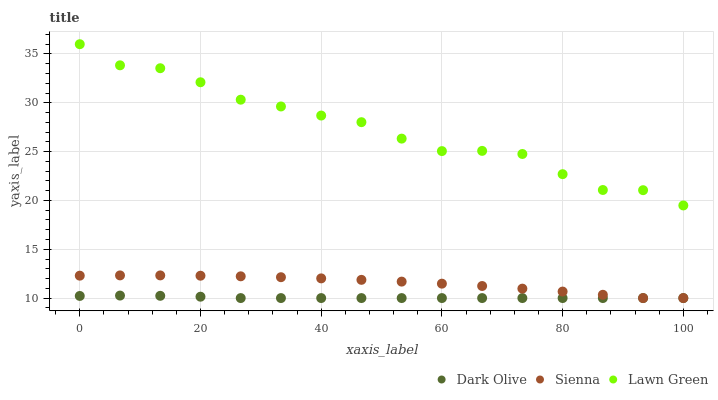
| xaxis_label | Dark Olive | Sienna | Lawn Green |
 | --- | --- | --- | --- |
 | 0 | 10.2 | 12.3 | 36 |
 | 6.67 | 10.3 | 12.3 | 33.8 |
 | 13.3 | 10.2 | 12.3 | 33.5 |
 | 20 | 10.1 | 12.3 | 32.1 |
 | 26.7 | 10 | 12.2 | 30.3 |
 | 33.3 | 10 | 12.1 | 29.6 |
 | 40 | 10 | 12 | 28.7 |
 | 46.7 | 10 | 11.9 | 28 |
 | 53.3 | 10 | 11.7 | 26.3 |
 | 60 | 10 | 11.5 | 25.1 |
 | 66.7 | 10 | 11.2 | 25.1 |
 | 73.3 | 10 | 11 | 24.8 |
 | 80 | 10 | 10.7 | 22.7 |
 | 86.7 | 10 | 10.3 | 21.1 |
 | 93.3 | 10 | 10 | 21 |
 | 100 | 10 | 10 | 19.5 |